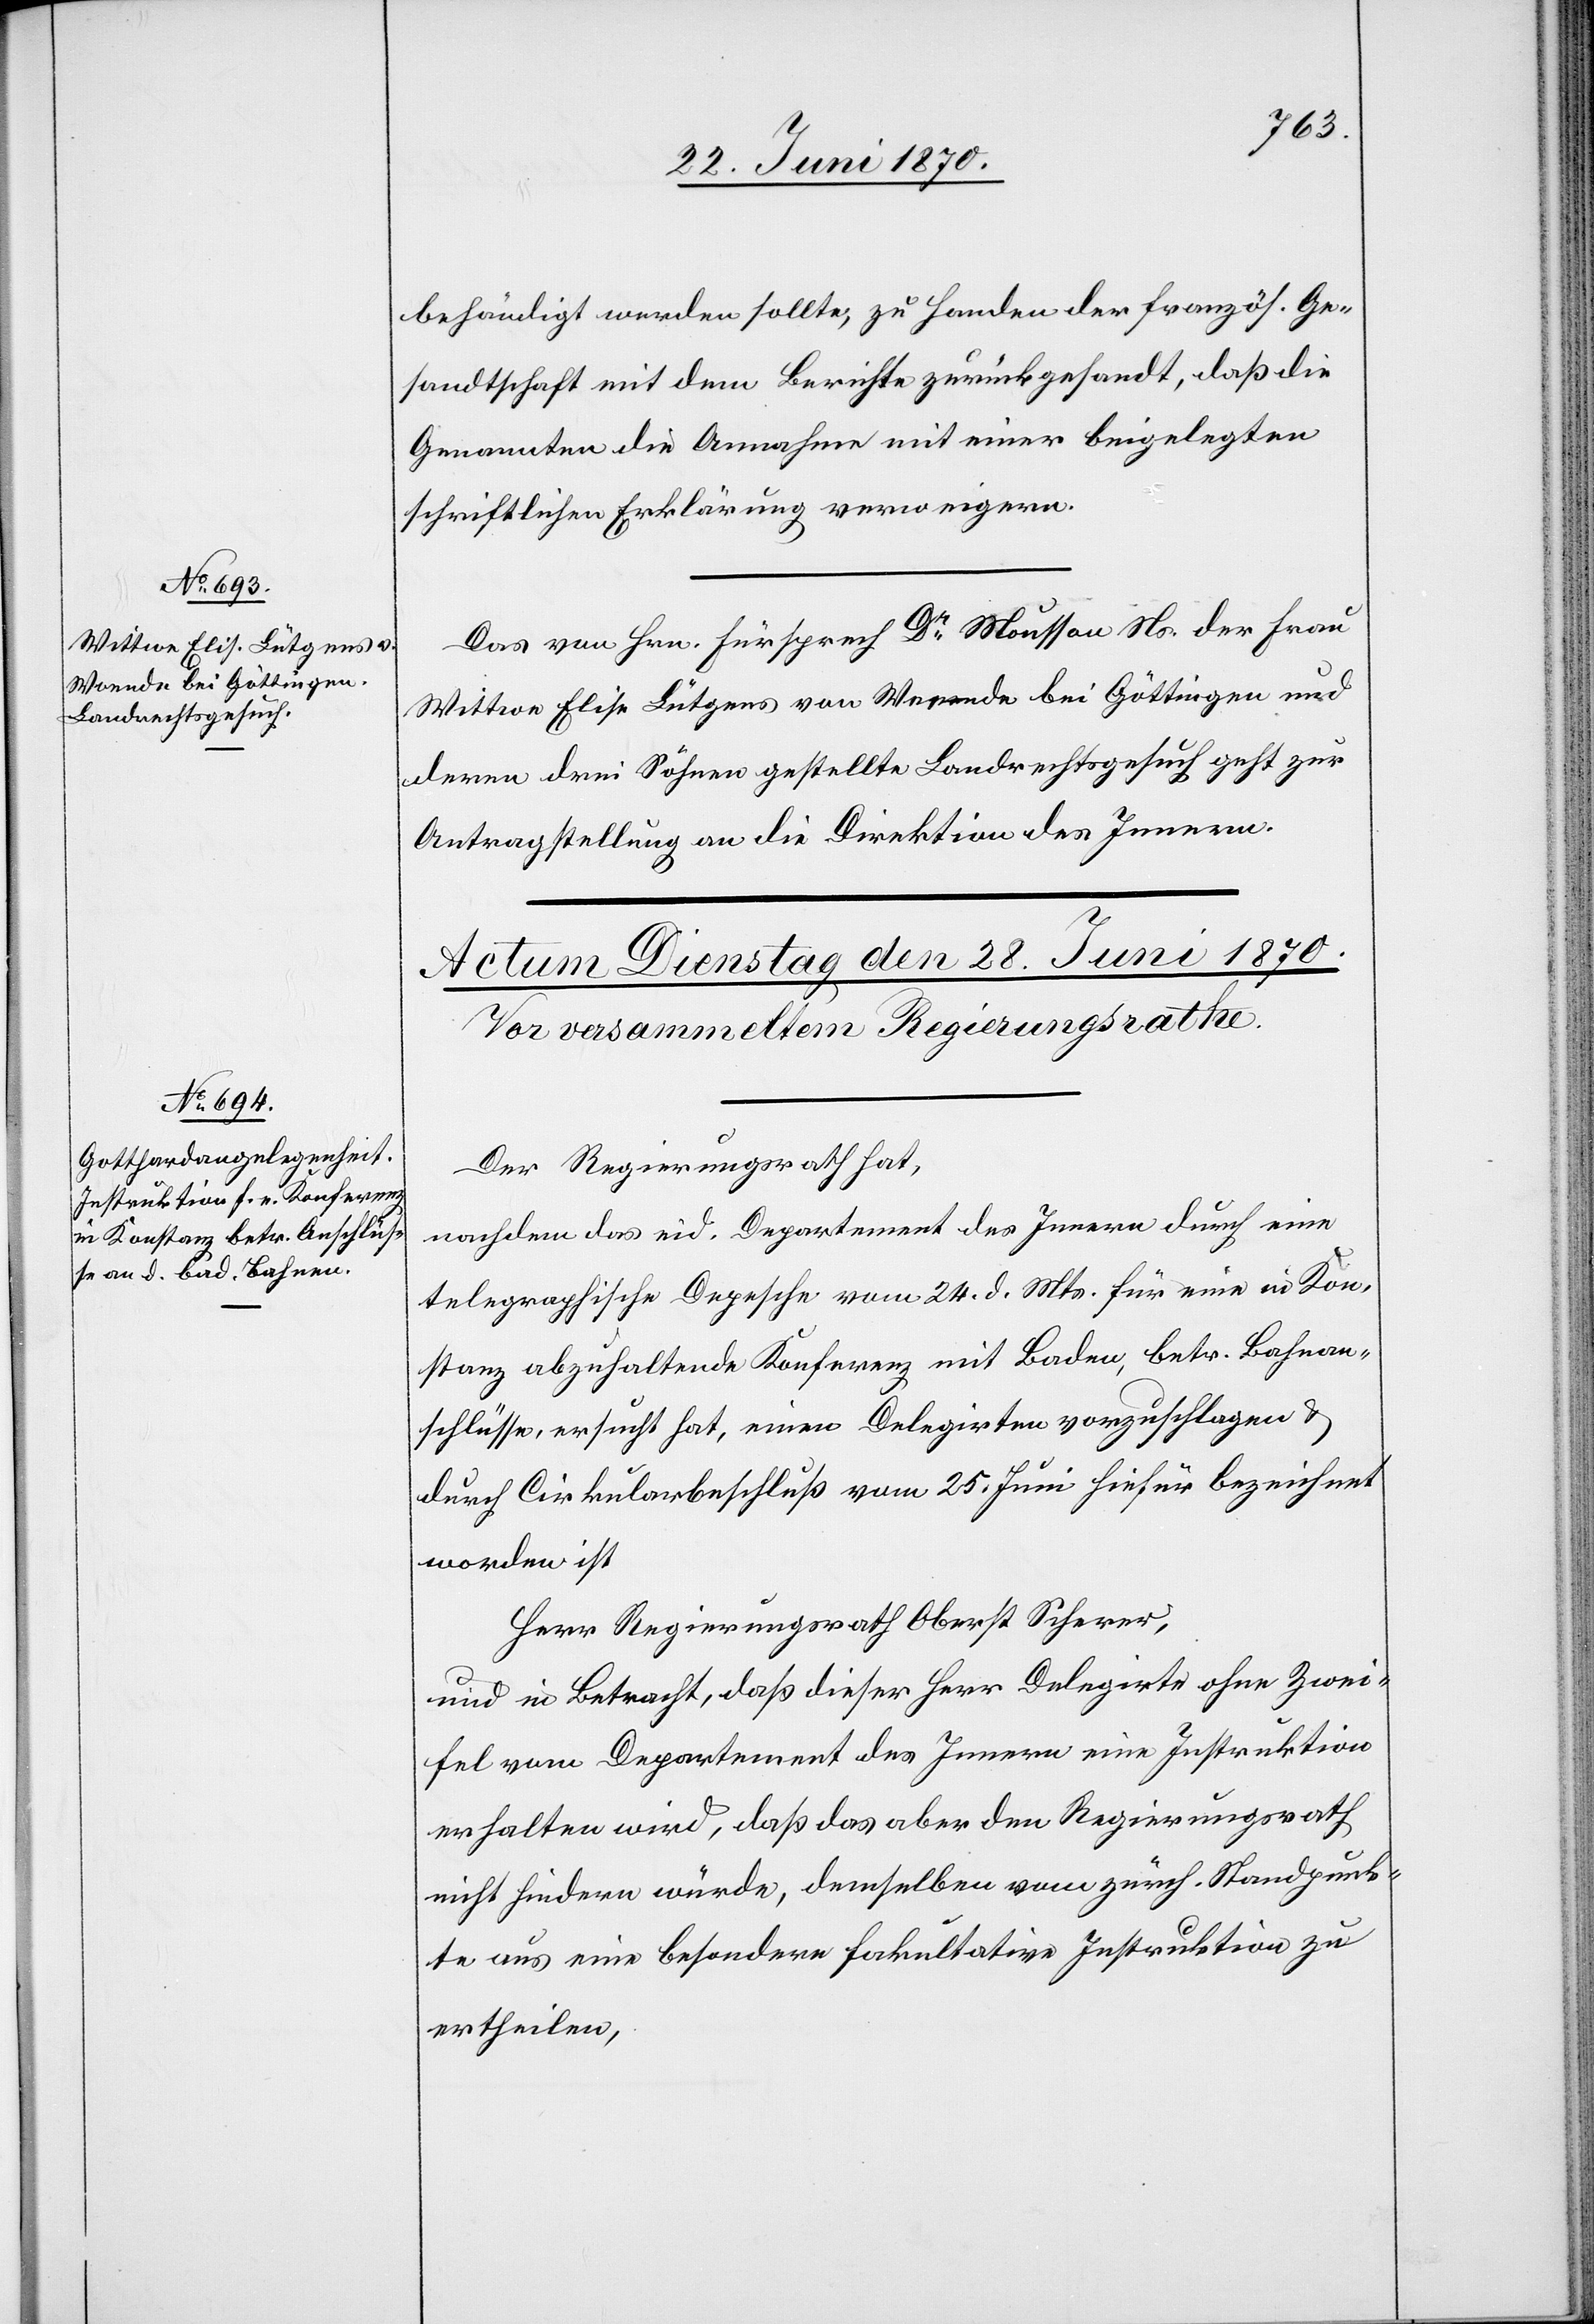
27. Juni 1870.]
behändigt werden sollte, zu Handen der französ. Ge¬
sandtschaft mit dem Berichte zurückgesandt, daß die
Genannten die Annahme mit einer beigelegten
schriftlichen Erklärung verweigern.
Das von Hrn. Fürsprech Dr Mousson Ns. der Frau
Wittwe Elise Lütgens von Weende bei Göttingen und
deren drei Söhnen gestellte Landrechtsgesuch geht zur
Antragstellung an die Direktion des Innern.
Der Regierungsrath hat,
nachdem das eid. Departement des Innern durch eine
telegraphische Depesche vom 24. d. Mts. für eine in Kon¬
stanz abzuhaltende Konferenz mit Baden, betr. Bahnan¬
schlüsse, ersucht hat, einen Delegirten vorzuschlagen &
durch Cirkularbeschluß vom 25. Juni hiefür bezeichnet
worden ist
Herr Regierungsrath Oberst Scherer,
und in Betracht, daß dieser Herr Delegirte ohne Zwei¬
fel vom Departement des Innern eine Instruktion
erhalten wird, daß das aber den Regierungsrath
nicht hindern würde, demselben vom zürch. Standpunk¬
te aus eine besondere fakultative Instruktion zu
ertheilen,